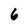
Character: 6